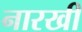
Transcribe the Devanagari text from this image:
नारखी